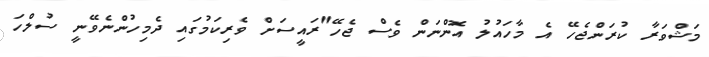
މަޝްވަރާ ކުރަންޖެހޭ އެ މާހައުލު އޮންނަން ވެސް ޖެހޭ"ރައީސަށް ވެރިކަމުގައި ދެމިހުންނެވޭނީ ސުލްހަ